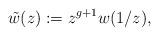
LaTeX: \begin{align*}\tilde w(z) := z^{g+1}w(1/z),\end{align*}